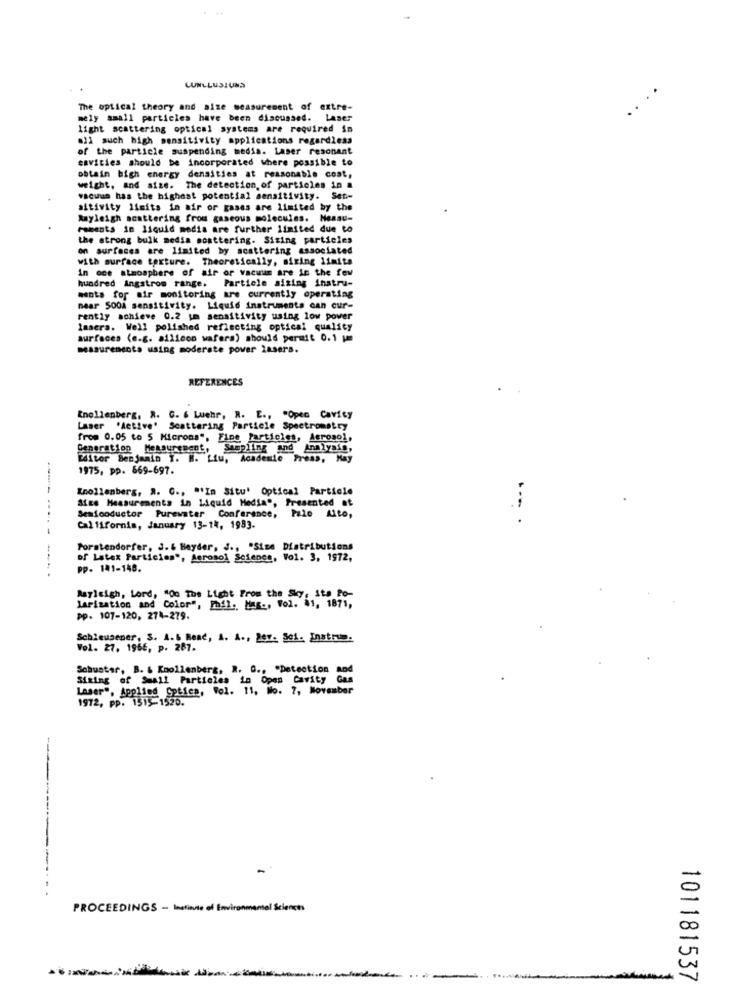
LUNLLUSIUNS
....
The optical theory and aise measurement of extre-
mely small particles have been discussed. Laser
light scattering optical systems are required in
all such high sensitivity applications regardless
of the particle suspending media. Laser resonant
cavities should be incorporated where possible to
obtain bigh energy densities at reasonable cost,
weight, and size. The detection, of particles in a
vacuum has the highest potential sensitivity. Sen-
aitivity limits in air or gases are limited by the
Rayleigh scattering from gaseous molecules. Measu-
Faments in liquid media are further limited due to
the strong bulk media scattering. Sizing particles
on surfaces are limited by scattering associated
with surface texture. Theoretically, siring limits
in oce atmosphere of air or vacuum are in the few
hundred Angstrom range. Particle sizing instru-
ments for air monitoring are currently operating
near SODA sensitivity. Liquid instruments can cur-
rently achieve 0.2 um sensitivity using low power
lasera. Well polished reflecting optical quality
surfaces (e.g. ailicon wafera) should permit 0.1 |
measurements using moderate power lasers.
REFERENCES
Knollenberg, R. C. 6 Luehr, R. E ., "Open Cavity
Laser 'Active' Scattering Particle Spectrometry
from 0.05 to 5 Microns", Fine Particles, Aerosol,
Generation Measurement, Sampling and Analysis,
Litor Benjamin I. H. Liu, Academic Press, May
1975, pp. 669-697.
"nollenberg, a. C ., "'In Situ' Optical Particle
Sice Measurements in Liquid Media", Presented at
Seafooductor Purewater Conference, Palo Alto,
California, January 13-14, 1983.
Porstendorfer, 3.& Beyder, J ., "Size Distributions
of Latex Particien", Aerosol Science, Vol. 3, 1972,
pp. 141-148.
Rayleigh, Lord, "On The Light From the Sky, ita Po-
Tarization and Color", Phil ., Mas :, Vol. 81, 1871,
pp. 107-120, 274-279.
Schleusener, S. A.& Read, A. A ., Bev. Sei. Instrup.
Vol. 27. 1966, p. 287.
Schuster, B. & Knollenberg, R. G ., "Detection and
Sixing of Small Particles in
:10. Open Cavity Gas
Laser", Applied Optics, Fol. 11, Mo. 7, November
1972, PP. 1315-1500.
-------
PROCEEDINGS - Institute of Environmental Sciences
101181537